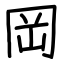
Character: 岡